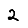
Digit: 2